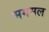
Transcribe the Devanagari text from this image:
भगमल